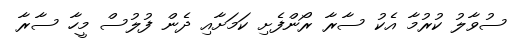
ސުވާލު ކުރުމާ އެކު ސާރާ ރޯންފެށި ކަމަށާއި ދެން ފުލުސް މީހާ ސާރާ